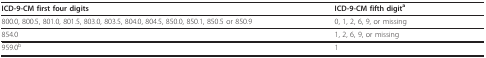
| ICD-9-CM first four digits | ICD-9-CM fifth digita |
 | --- | --- |
 | 800.0, 800.5, 801.0, 801.5, 803.0, 803.5, 804.0, 804.5, 850.0, 850.1, 850.5 or 850.9 | 0, 1, 2, 6, 9, or missing |
 | 854.0 | 1, 2, 6, 9, or missing |
 | 959.0b | 1 |